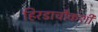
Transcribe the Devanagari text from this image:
हिरडाचौकशी